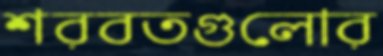
শরবতগুলোর